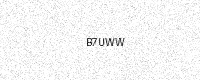
Text: B7UWW